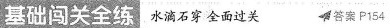
基础闯关全练 水滴石穿 全面过关 答案 P154